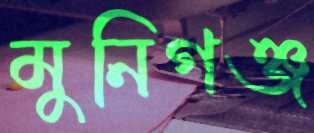
মুনিগঞ্জ